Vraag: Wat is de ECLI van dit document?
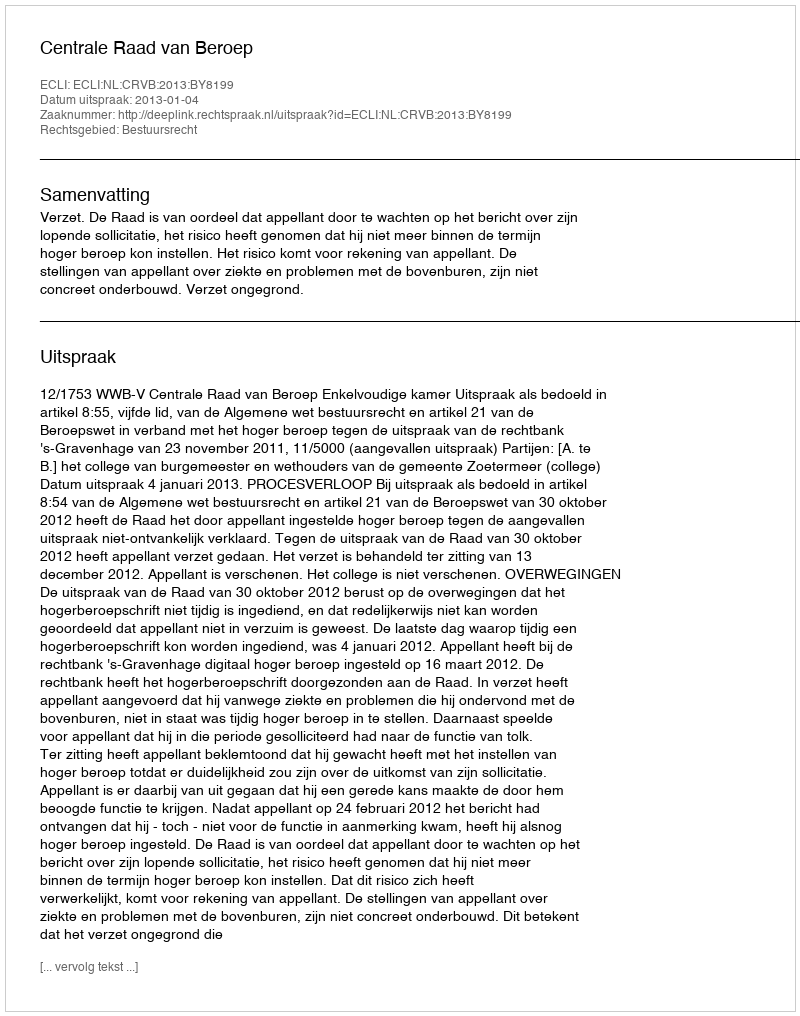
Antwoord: ECLI:NL:CRVB:2013:BY8199